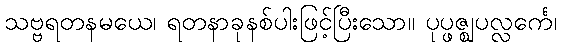
သဗ္ဗရတနမယေ၊ ရတနာခုနစ်ပါးဖြင့်ပြီးသော။ ပုပ္ဖဇ္ဈပလ္လင်္ကေ၊